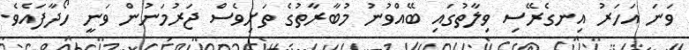
ވަނަ އަހަރު އިނގެރޭސި ވިލާތުގައި ބޭއްވުނު މުބާރާތުގެ ތަށިވެސް ޖަރުމަނުން ވަނީ ހޯދާފައެވެ.